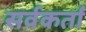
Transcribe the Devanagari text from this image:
सर्वकर्ता